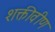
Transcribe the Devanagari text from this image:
शक्तीवीण